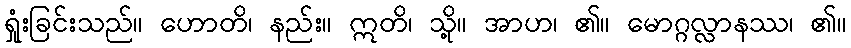
ရှုံးခြင်းသည်။ ဟောတိ၊ နည်း။ ဣတိ၊ သို့။ အာဟ၊ ၏။ မောဂ္ဂလ္လာနဿ၊ ၏။